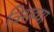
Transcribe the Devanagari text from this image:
विसव्या